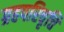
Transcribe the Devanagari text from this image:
ग्रहपरिवृत्ति